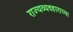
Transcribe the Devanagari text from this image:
राज्यव्यवहाराच्या